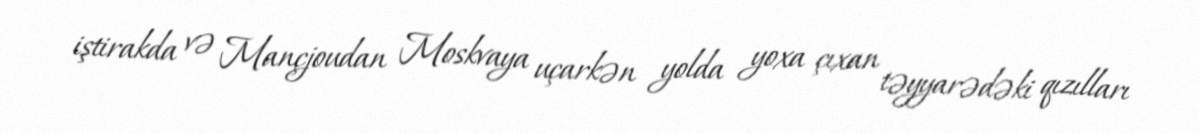
iştirakda və Mançjoudan Moskvaya uçarkən yolda yoxa çıxan təyyarədəki qızılları